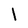
Character: l